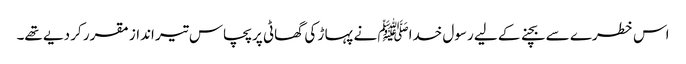
اس خطرے سے بچنے کے لیے رسول خداﷺ نے پہا ڑ کی گھاٹی پر پچاس تیر انداز مقرر کر دیے تھے۔